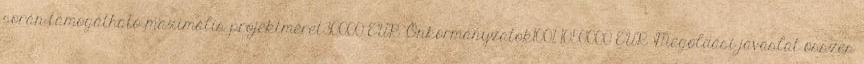
során támogatható maximális projektméret30000 EUR▪Önkormányzatok100% 1050000 EUR▪Megoldási javaslat összes